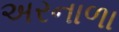
અરનાળા